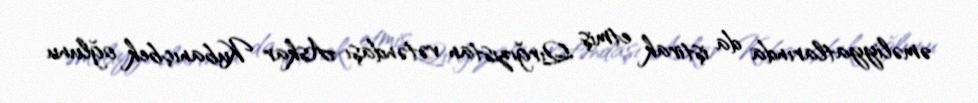
əməliyyatlarında da iştirak etmiş Qırğızıstan vətəndaşı Askar Kubanıçbek oğlunu